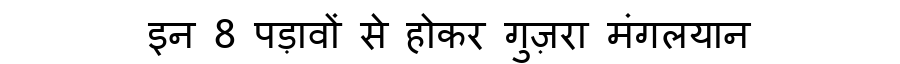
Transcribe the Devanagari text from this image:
इन 8 पड़ावों से होकर गुज़रा मंगलयान